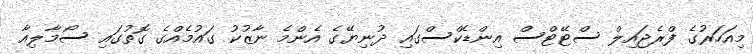
މިއަހަރުގެ ފްރެޖައިލް ސްޓޭޓްސް އިންޑެކްސްގައި ދުނިޔޭގެ އެންމެ ނާޒުކު ގައުމެއްގެ ގޮތުގައި ސޯމާލިއާ